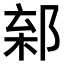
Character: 𨜎